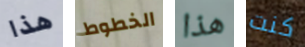
هذا الخطوط هذا كنت